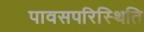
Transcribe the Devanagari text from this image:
पावसपरिस्थिति